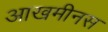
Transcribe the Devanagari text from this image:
आखमीनस